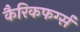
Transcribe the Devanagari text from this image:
कैरिकफर्ग्स